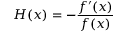
H ( x ) = - { \frac { f ^ { \prime } ( x ) } { f ( x ) } }